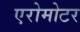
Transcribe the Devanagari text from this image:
एरोमोटर